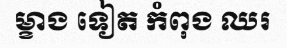
ម្ខាង ទៀត កំពុង ឈរ